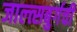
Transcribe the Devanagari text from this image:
जाल्त्सबुर्गची